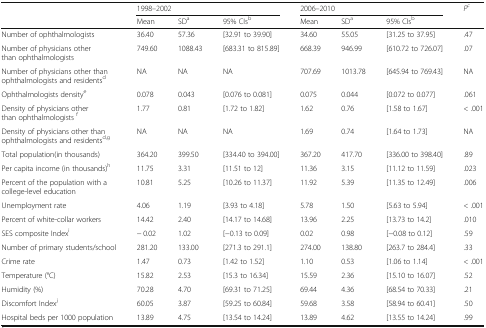
<table><thead><tr><td rowspan="2"></td><td colspan="3"><b>1998–2002</b></td><td colspan="3"><b>2006–2010</b></td><td rowspan="2"><b><i>P</i><sup><i>c</i></sup></b></td></tr><tr><td><b>Mean</b></td><td><b>SD<sup>a</sup></b></td><td><b>95% CIs<sup>b</sup></b></td><td><b>Mean</b></td><td><b>SD<sup>a</sup></b></td><td><b>95% CIs<sup>b</sup></b></td></tr></thead><tbody><tr><td>Number of ophthalmologists</td><td>36.40</td><td>57.36</td><td>[32.91 to 39.90]</td><td>34.60</td><td>55.05</td><td>[31.25 to 37.95]</td><td>.47</td></tr><tr><td>Number of physicians other than ophthalmologists</td><td>749.60</td><td>1088.43</td><td>[683.31 to 815.89]</td><td>668.39</td><td>946.99</td><td>[610.72 to 726.07]</td><td>.07</td></tr><tr><td>Number of physicians other than ophthalmologists and residents<sup>d</sup></td><td>NA</td><td>NA</td><td>NA</td><td>707.69</td><td>1013.78</td><td>[645.94 to 769.43]</td><td>NA</td></tr><tr><td>Ophthalmologists density<sup>e</sup></td><td>0.078</td><td>0.043</td><td>[0.076 to 0.081]</td><td>0.075</td><td>0.044</td><td>[0.072 to 0.077]</td><td>.061</td></tr><tr><td>Density of physicians other than ophthalmologists <sup>f</sup></td><td>1.77</td><td>0.81</td><td>[1.72 to 1.82]</td><td>1.62</td><td>0.76</td><td>[1.58 to 1.67]</td><td>&lt; .001</td></tr><tr><td>Density of physicians other than ophthalmologists and residents<sup>d,g</sup></td><td>NA</td><td>NA</td><td>NA</td><td>1.69</td><td>0.74</td><td>[1.64 to 1.73]</td><td>NA</td></tr><tr><td>Total population(in thousands)</td><td>364.20</td><td>399.50</td><td>[334.40 to 394.00]</td><td>367.20</td><td>417.70</td><td>[336.00 to 398.40]</td><td>.89</td></tr><tr><td>Per capita income (in thousands)<sup>h</sup></td><td>11.75</td><td>3.31</td><td>[11.51 to 12]</td><td>11.36</td><td>3.15</td><td>[11.12 to 11.59]</td><td>.023</td></tr><tr><td>Percent of the population with a college-level education</td><td>10.81</td><td>5.25</td><td>[10.26 to 11.37]</td><td>11.92</td><td>5.39</td><td>[11.35 to 12.49]</td><td>.006</td></tr><tr><td>Unemployment rate</td><td>4.06</td><td>1.19</td><td>[3.93 to 4.18]</td><td>5.78</td><td>1.50</td><td>[5.63 to 5.94]</td><td>&lt; .001</td></tr><tr><td>Percent of white-collar workers</td><td>14.42</td><td>2.40</td><td>[14.17 to 14.68]</td><td>13.96</td><td>2.25</td><td>[13.73 to 14.2]</td><td>.010</td></tr><tr><td>SES composite Index<sup>i</sup></td><td>− 0.02</td><td>1.02</td><td>[−0.13 to 0.09]</td><td>0.02</td><td>0.98</td><td>[−0.08 to 0.12]</td><td>.59</td></tr><tr><td>Number of primary students/school</td><td>281.20</td><td>133.00</td><td>[271.3 to 291.1]</td><td>274.00</td><td>138.80</td><td>[263.7 to 284.4]</td><td>.33</td></tr><tr><td>Crime rate</td><td>1.47</td><td>0.73</td><td>[1.42 to 1.52]</td><td>1.10</td><td>0.53</td><td>[1.06 to 1.14]</td><td>&lt; .001</td></tr><tr><td>Temperature (°C)</td><td>15.82</td><td>2.53</td><td>[15.3 to 16.34]</td><td>15.59</td><td>2.36</td><td>[15.10 to 16.07]</td><td>.52</td></tr><tr><td>Humidity (%)</td><td>70.28</td><td>4.70</td><td>[69.31 to 71.25]</td><td>69.44</td><td>4.36</td><td>[68.54 to 70.33]</td><td>.21</td></tr><tr><td>Discomfort Index<sup>j</sup></td><td>60.05</td><td>3.87</td><td>[59.25 to 60.84]</td><td>59.68</td><td>3.58</td><td>[58.94 to 60.41]</td><td>.50</td></tr><tr><td>Hospital beds per 1000 population</td><td>13.89</td><td>4.75</td><td>[13.54 to 14.24]</td><td>13.89</td><td>4.62</td><td>[13.55 to 14.24]</td><td>.99</td></tr></tbody></table>